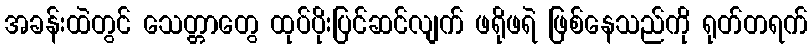
အခန်းထဲတွင် သေတ္တာတွေ ထုပ်ပိုးပြင်ဆင်လျက် ဖရိုဖရဲ ဖြစ်နေသည်ကို ရုတ်တရက်